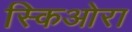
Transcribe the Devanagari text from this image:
स्किओरा